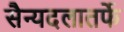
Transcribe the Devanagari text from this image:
सैन्यदलातर्फे